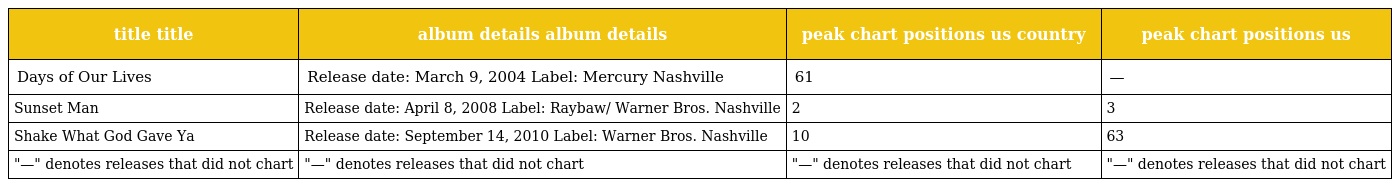
| title title | album details album details | peak chart positions us country | peak chart positions us |
 | --- | --- | --- | --- |
 | Days of Our Lives | Release date: March 9, 2004 Label: Mercury Nashville | 61 | — |
 | Sunset Man | Release date: April 8, 2008 Label: Raybaw/ Warner Bros. Nashville | 2 | 3 |
 | Shake What God Gave Ya | Release date: September 14, 2010 Label: Warner Bros. Nashville | 10 | 63 |
 | "—" denotes releases that did not chart | "—" denotes releases that did not chart | "—" denotes releases that did not chart | "—" denotes releases that did not chart |